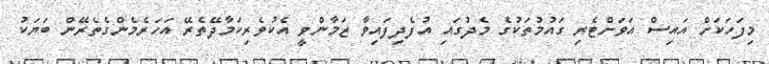
މިފަހަކަށް އައިސް އަވަށްޓެރި ގައުމުތަކުގެ މެދުގައި އުފެދިފައިވާ ޒަމާންވީ އެކުވެރިކަމާދޭތެރޭ އަހަރެމެންގެތެރޭން ބަޔަކު